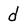
Character: d